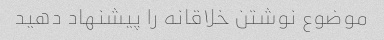
موضوع نوشتن خلاقانه را پیشنهاد دهید